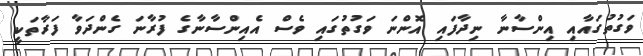
ވަގުތުގައާއި އިންސާނާ ނިދާފައި އޮންނަ ވަގުތުގައި ވެސް އެއިންސާނާގެ ފުރާނަ ގެންދަވާ ފަރާތަކީ